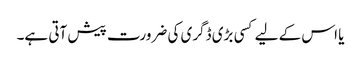
یا اس کے لیے کسی بڑی ڈگری کی ضرورت پیش آتی ہے۔